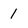
Character: 1